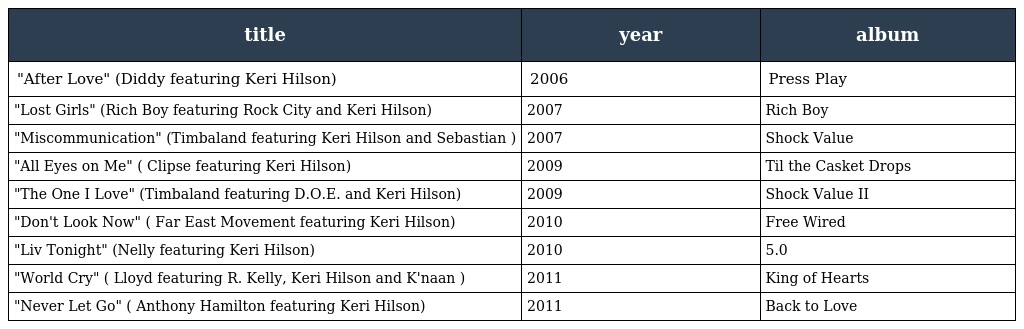
| title | year | album |
 | --- | --- | --- |
 | "After Love" (Diddy featuring Keri Hilson) | 2006 | Press Play |
 | "Lost Girls" (Rich Boy featuring Rock City and Keri Hilson) | 2007 | Rich Boy |
 | "Miscommunication" (Timbaland featuring Keri Hilson and Sebastian ) | 2007 | Shock Value |
 | "All Eyes on Me" ( Clipse featuring Keri Hilson) | 2009 | Til the Casket Drops |
 | "The One I Love" (Timbaland featuring D.O.E. and Keri Hilson) | 2009 | Shock Value II |
 | "Don't Look Now" ( Far East Movement featuring Keri Hilson) | 2010 | Free Wired |
 | "Liv Tonight" (Nelly featuring Keri Hilson) | 2010 | 5.0 |
 | "World Cry" ( Lloyd featuring R. Kelly, Keri Hilson and K'naan ) | 2011 | King of Hearts |
 | "Never Let Go" ( Anthony Hamilton featuring Keri Hilson) | 2011 | Back to Love |